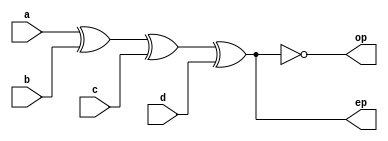
module even_odd_pc(ep,op,a,b,c,d);
  input a,b,c,d;
  output ep,op;
  wire p1,p2;
  xor (p1,a,b);
  xor (p2,p1,c);
  xor (ep,p2,d);
  xnor (op,p2,d);
endmodule